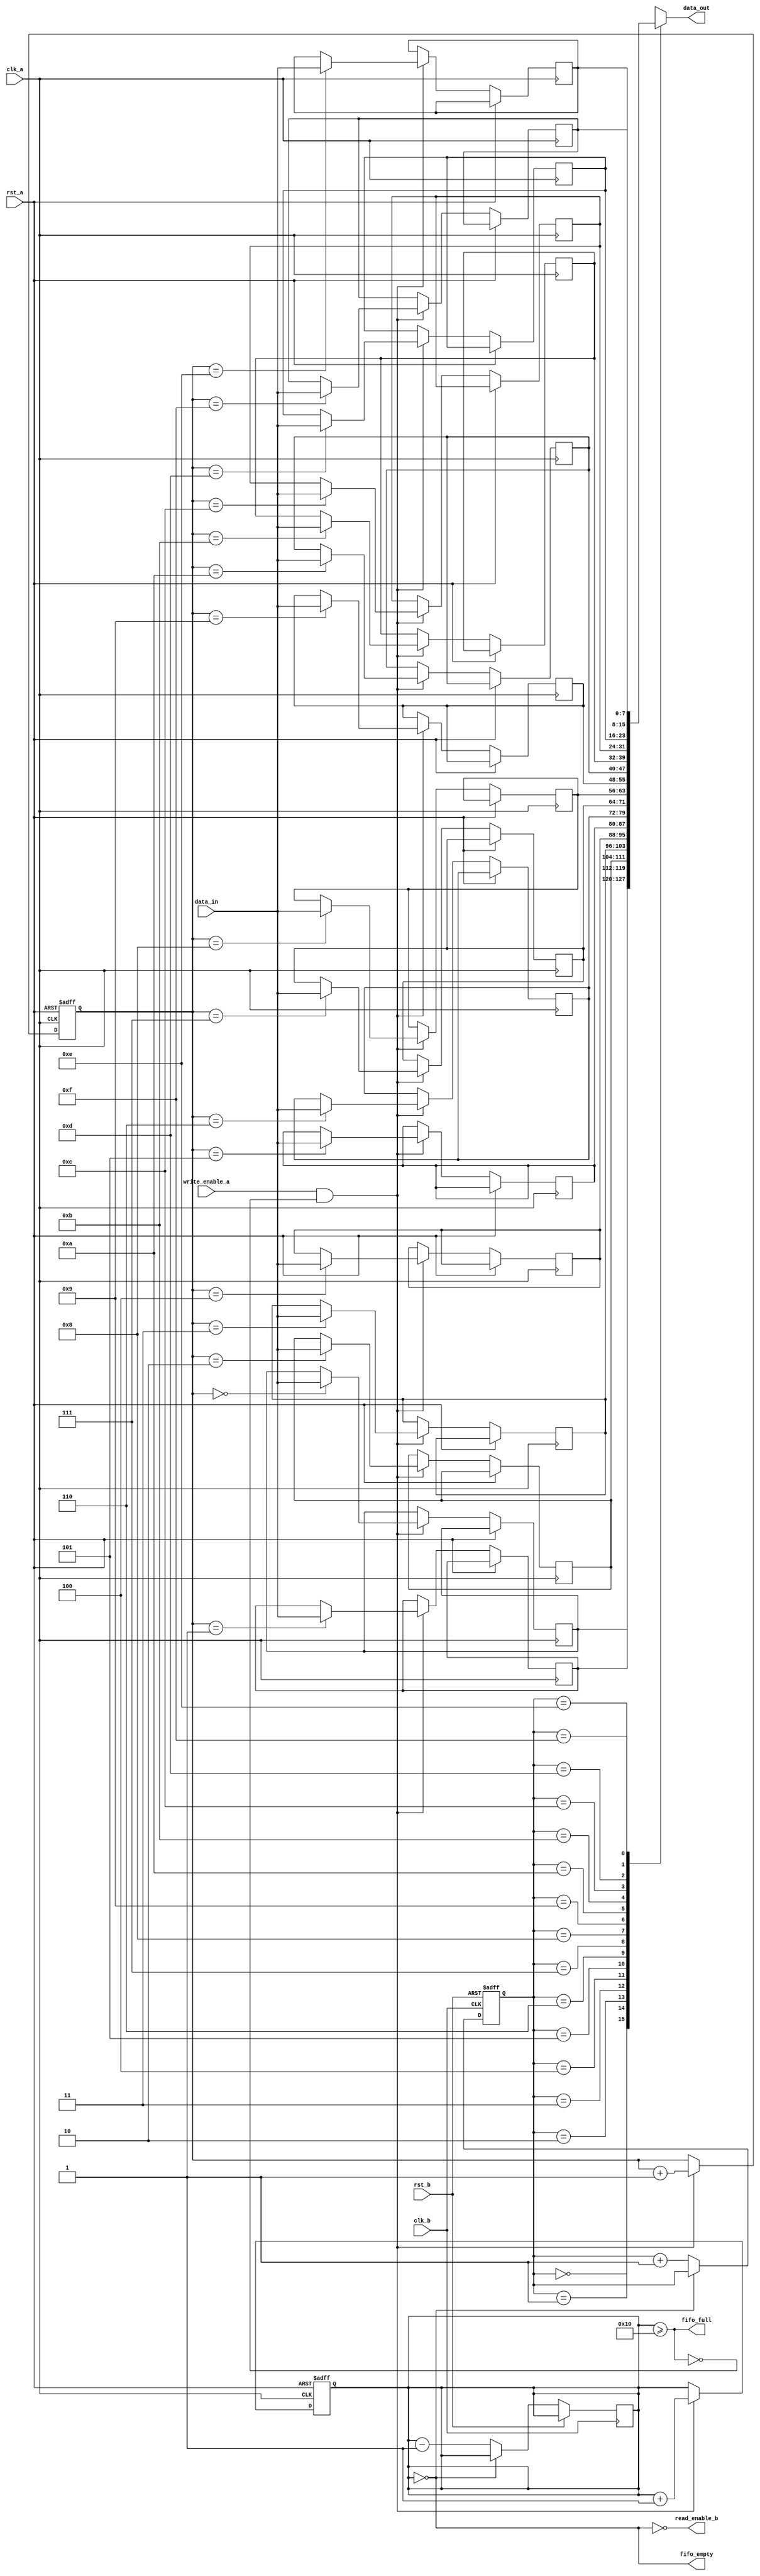
module fifo_synchronizer #(
    parameter DATA_WIDTH = 8,
    parameter FIFO_DEPTH = 16
)(
    input wire clk_a,                  // Clock A (source clock)
    input wire clk_b,                  // Clock B (destination clock)
    input wire rst_a,                  // Reset for Clock A domain
    input wire rst_b,                  // Reset for Clock B domain
    input wire write_enable_a,         // Write enable signal for FIFO
    input wire [DATA_WIDTH-1:0] data_in, // Input data for FIFO
    output wire read_enable_b,         // Read enable signal for FIFO
    output wire [DATA_WIDTH-1:0] data_out, // Output data from FIFO
    output wire fifo_full,             // FIFO full indicator
    output wire fifo_empty             // FIFO empty indicator
);

    // FIFO Memory Array
    reg [DATA_WIDTH-1:0] fifo_memory [0:FIFO_DEPTH-1];
    reg [$clog2(FIFO_DEPTH)-1:0] write_pointer, read_pointer;
    reg [5:0] fifo_count; // Count of items in the FIFO

    // Write Logic
    always @(posedge clk_a or posedge rst_a) begin
        if (rst_a) begin
            write_pointer <= 0;
            fifo_count <= 0;
        end else if (write_enable_a && !fifo_full) begin
            fifo_memory[write_pointer] <= data_in;
            write_pointer <= write_pointer + 1;
            fifo_count <= fifo_count + 1;
        end
    end

    // Read Logic
    always @(posedge clk_b or posedge rst_b) begin
        if (rst_b) begin
            read_pointer <= 0;
        end else if (read_enable_b && !fifo_empty) begin
            read_pointer <= read_pointer + 1;
            fifo_count <= fifo_count - 1;
        end
    end

    // Output data
    assign data_out = fifo_memory[read_pointer];

    // FIFO status flags
    assign fifo_full = (fifo_count >= FIFO_DEPTH);
    assign fifo_empty = (fifo_count == 0);
    
    // Synchronization mechanism for the read and write pointers
    reg [$clog2(FIFO_DEPTH):0] sync_rp, sync_wp;
    reg [$clog2(FIFO_DEPTH):0] sync_rp_stable;

    // Write Pointer Synchronization
    always @(posedge clk_b or posedge rst_b) begin
        if (rst_b) begin
            sync_wp <= 0;
        end else begin
            sync_wp <= write_pointer;
        end
    end

    // Read Pointer Synchronization
    always @(posedge clk_a or posedge rst_a) begin
        if (rst_a) begin
            sync_rp <= 0;
        end else begin
            sync_rp <= read_pointer;
        end
    end

    // Read Enable Logic: Assert when FIFO is not empty
    assign read_enable_b = !fifo_empty;

endmodule